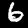
Digit: 6